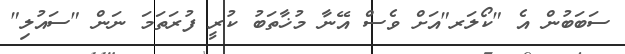
ސަބަބުން އެ "ކޯލަރ"އަށް ވެސް އޭނާ މުޚާތަބު ކުރީ ފުރަތަމަ ނަން "ސައުލި"